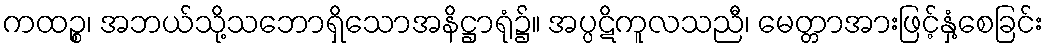
ကထဉ္စ၊ အဘယ်သို့သဘောရှိသောအနိဋ္ဌာရုံ၌။ အပ္ပဋိကူလသညီ၊ မေတ္တာအားဖြင့်နှံ့စေခြင်း